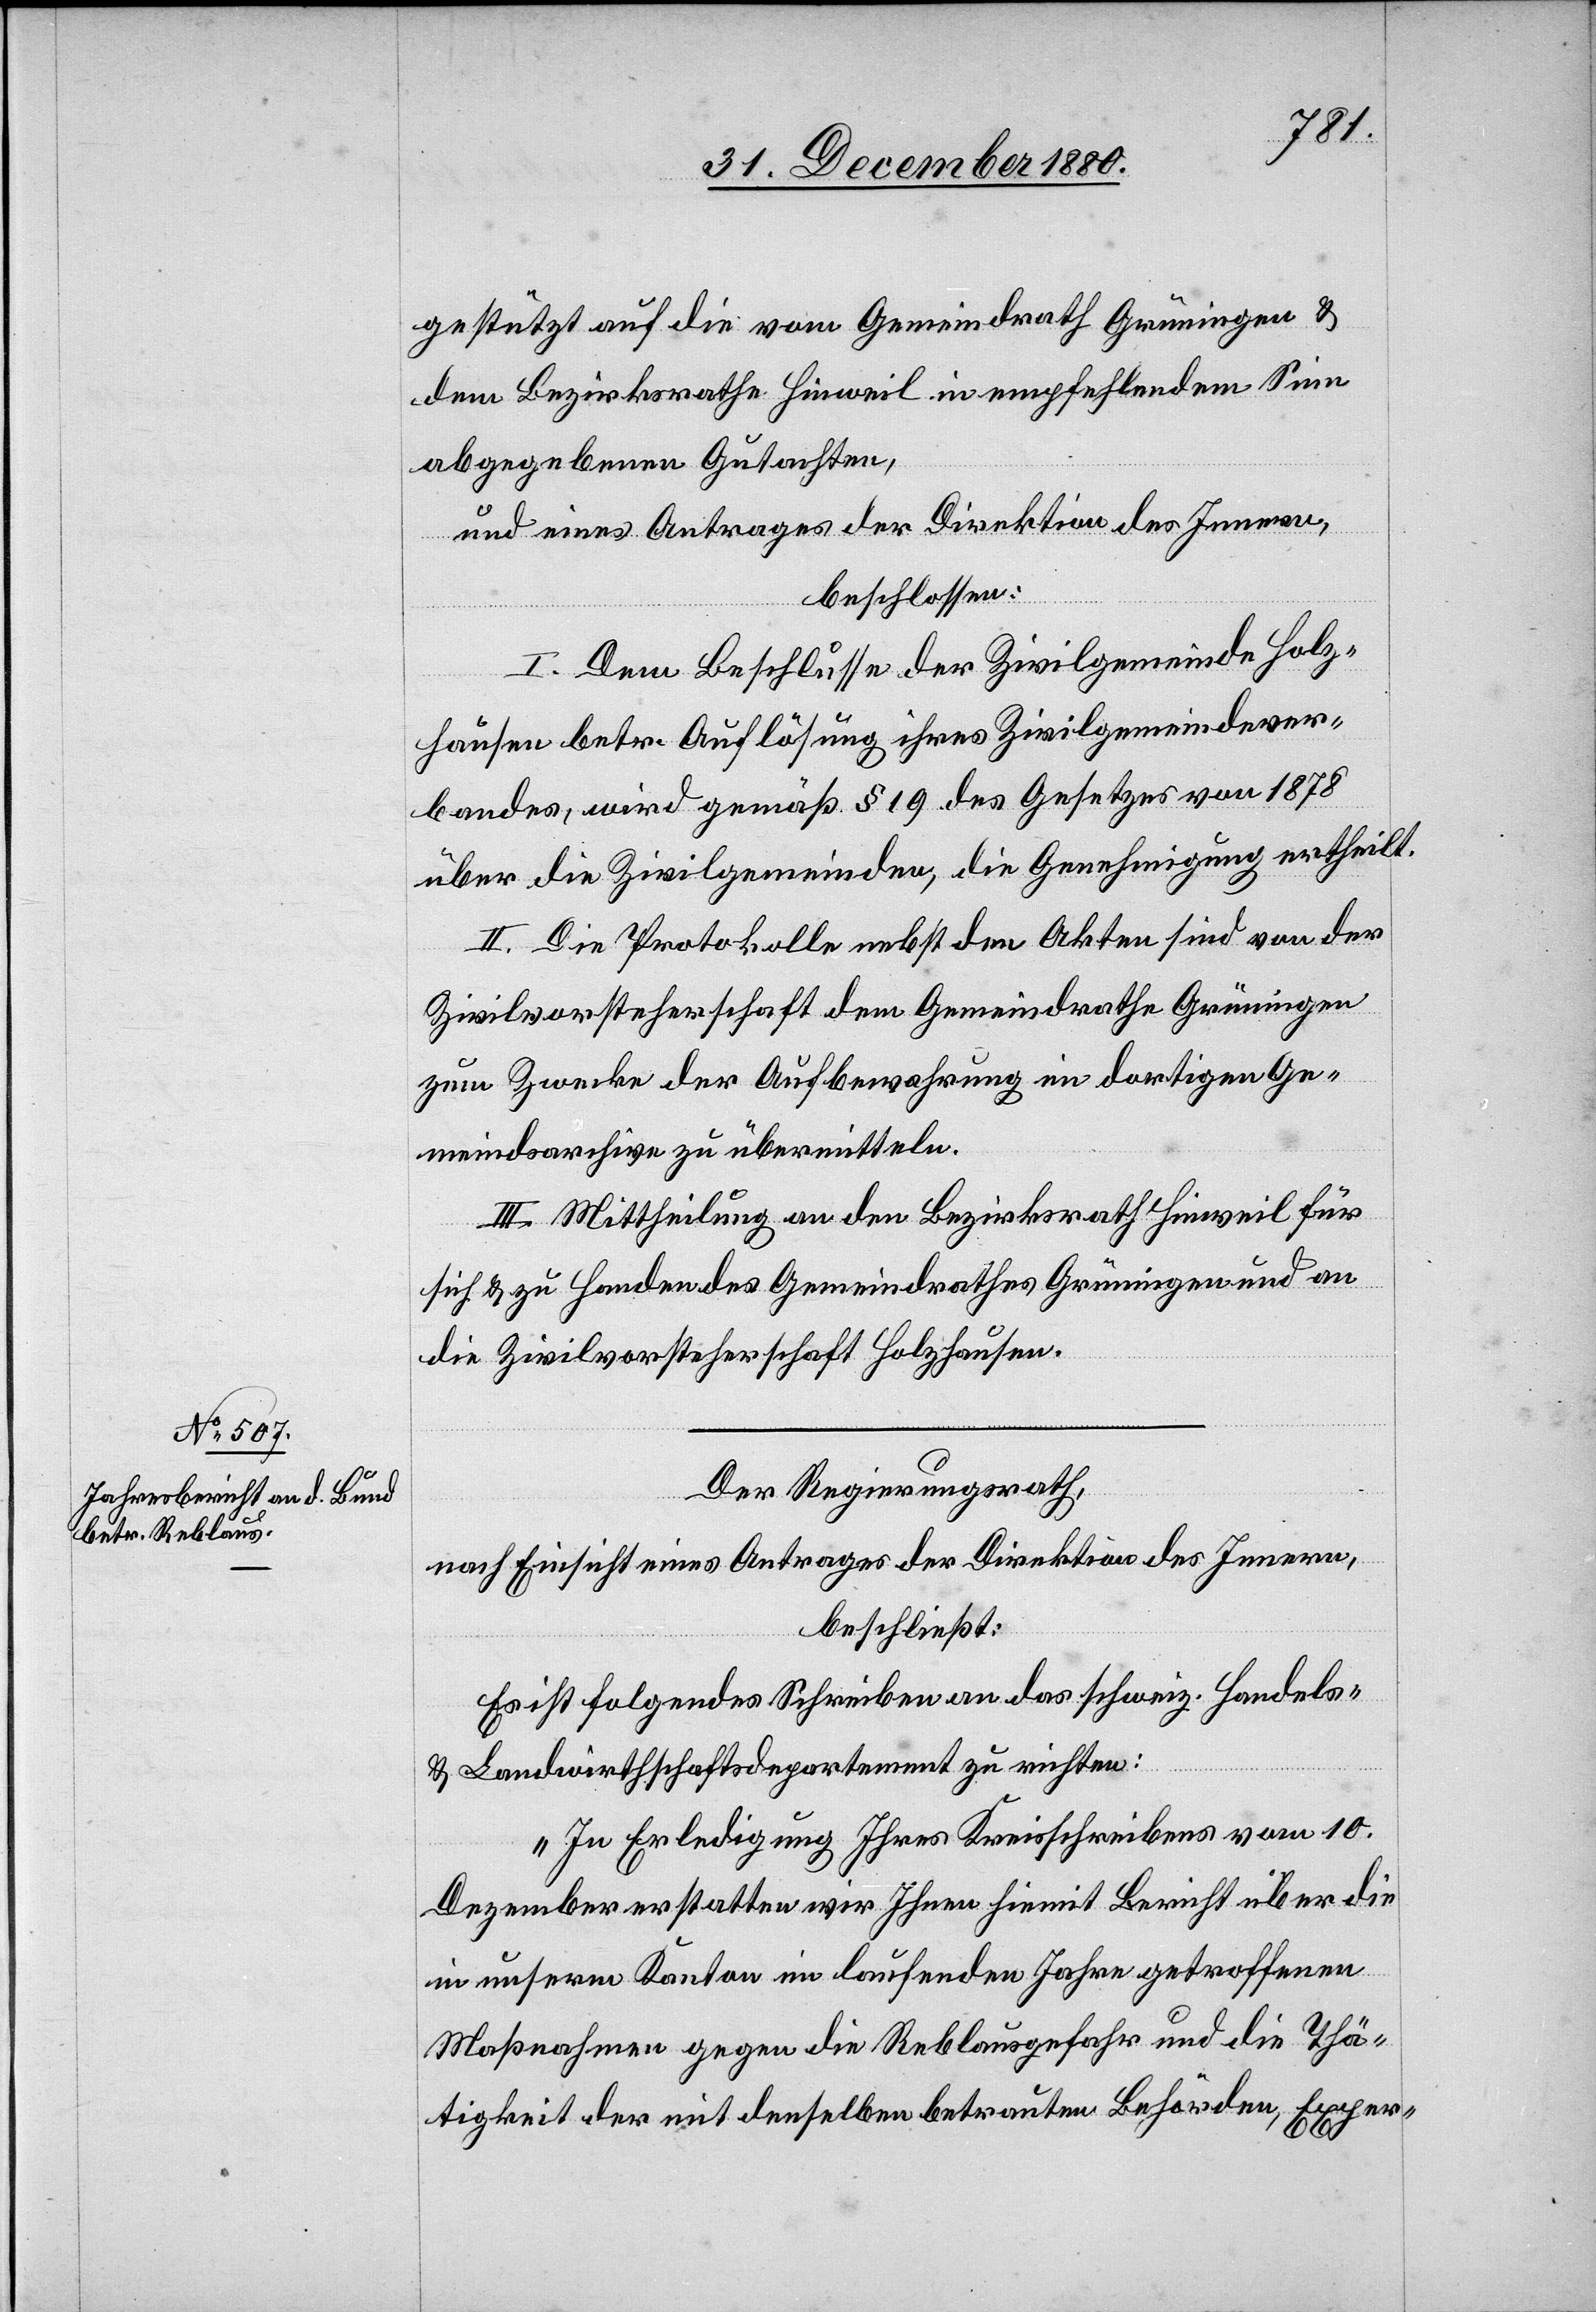
gestützt auf die vom Gemeindrath Grüningen &
dem Bezirksrathe Hinweil in empfehlendem Sinne
abgegebenen Gutachten,
und eines Antrages der Direktion des Innern,
beschlossen:
I. Dem Beschlusse der Zivilgemeinde Holz¬
hausen betr. Auflösung ihres Zivilgemeindever¬
bandes, wird gemäß § 19 des Gesetzes von 1878
über die Zivilgemeinden, die Genehmigung ertheilt.
II. Die Protokolle nebst den Akten sind von der
Zivilvorsteherschaft dem Gemeindrathe Grüningen
zum Zwecke der Aufbewahrung im dortigen Ge¬
meindsarchive zu übermitteln.
III. Mittheilung an den Bezirksrath Hinweil für
sich & zu Handen des Gemeindrathes Grüningen und an
die Zivilvorsteherschaft Holzhausen.
Der Regierungsrath,
nach Einsicht eines Antrages der Direktion des Innern,
beschließt:
Es ist folgendes Schreiben an das schweiz. Handels-
& Landwirthschaftsdepartement zu richten:
„In Erledigung Ihres Kreisschreibens vom 10.
Dezember erstatten wir Ihnen hiemit Bericht über die
in unserm Kanton im laufenden Jahre getroffenen
Maßnahmen gegen die Reblausgefahr und die Thä¬
tigkeit der mit denselben betrauten Behörden, Exper-